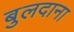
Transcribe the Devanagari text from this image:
बुलदाना